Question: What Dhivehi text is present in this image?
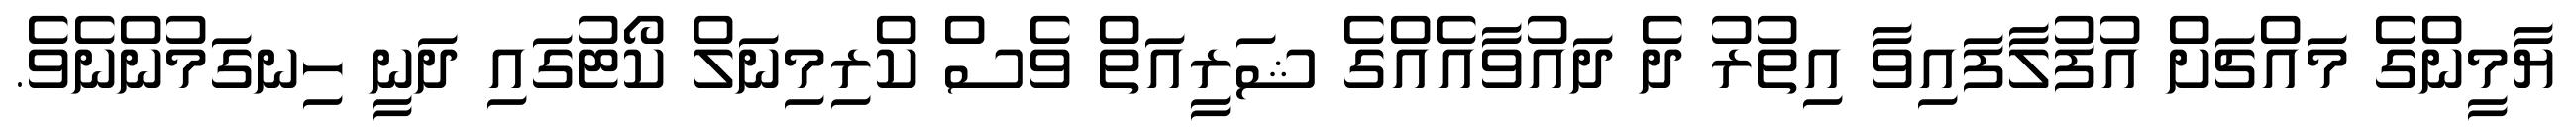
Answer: ޔާމީންގެ މައްޗަށް އުފުލާފައިވާ އިތުރު ދެ ދައުވާއެއްގެ ޝަރީއަތް ވެސް ކްރިމިނަލް ކޯޓުގައި ދަނީ ހިނގަމުންނެވެ.